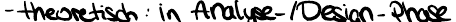
- theoretisch: in Analyse- / Design-Phase